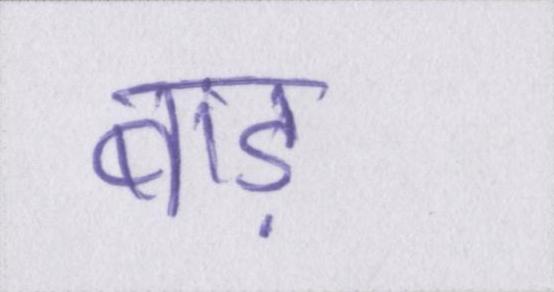
बाड़